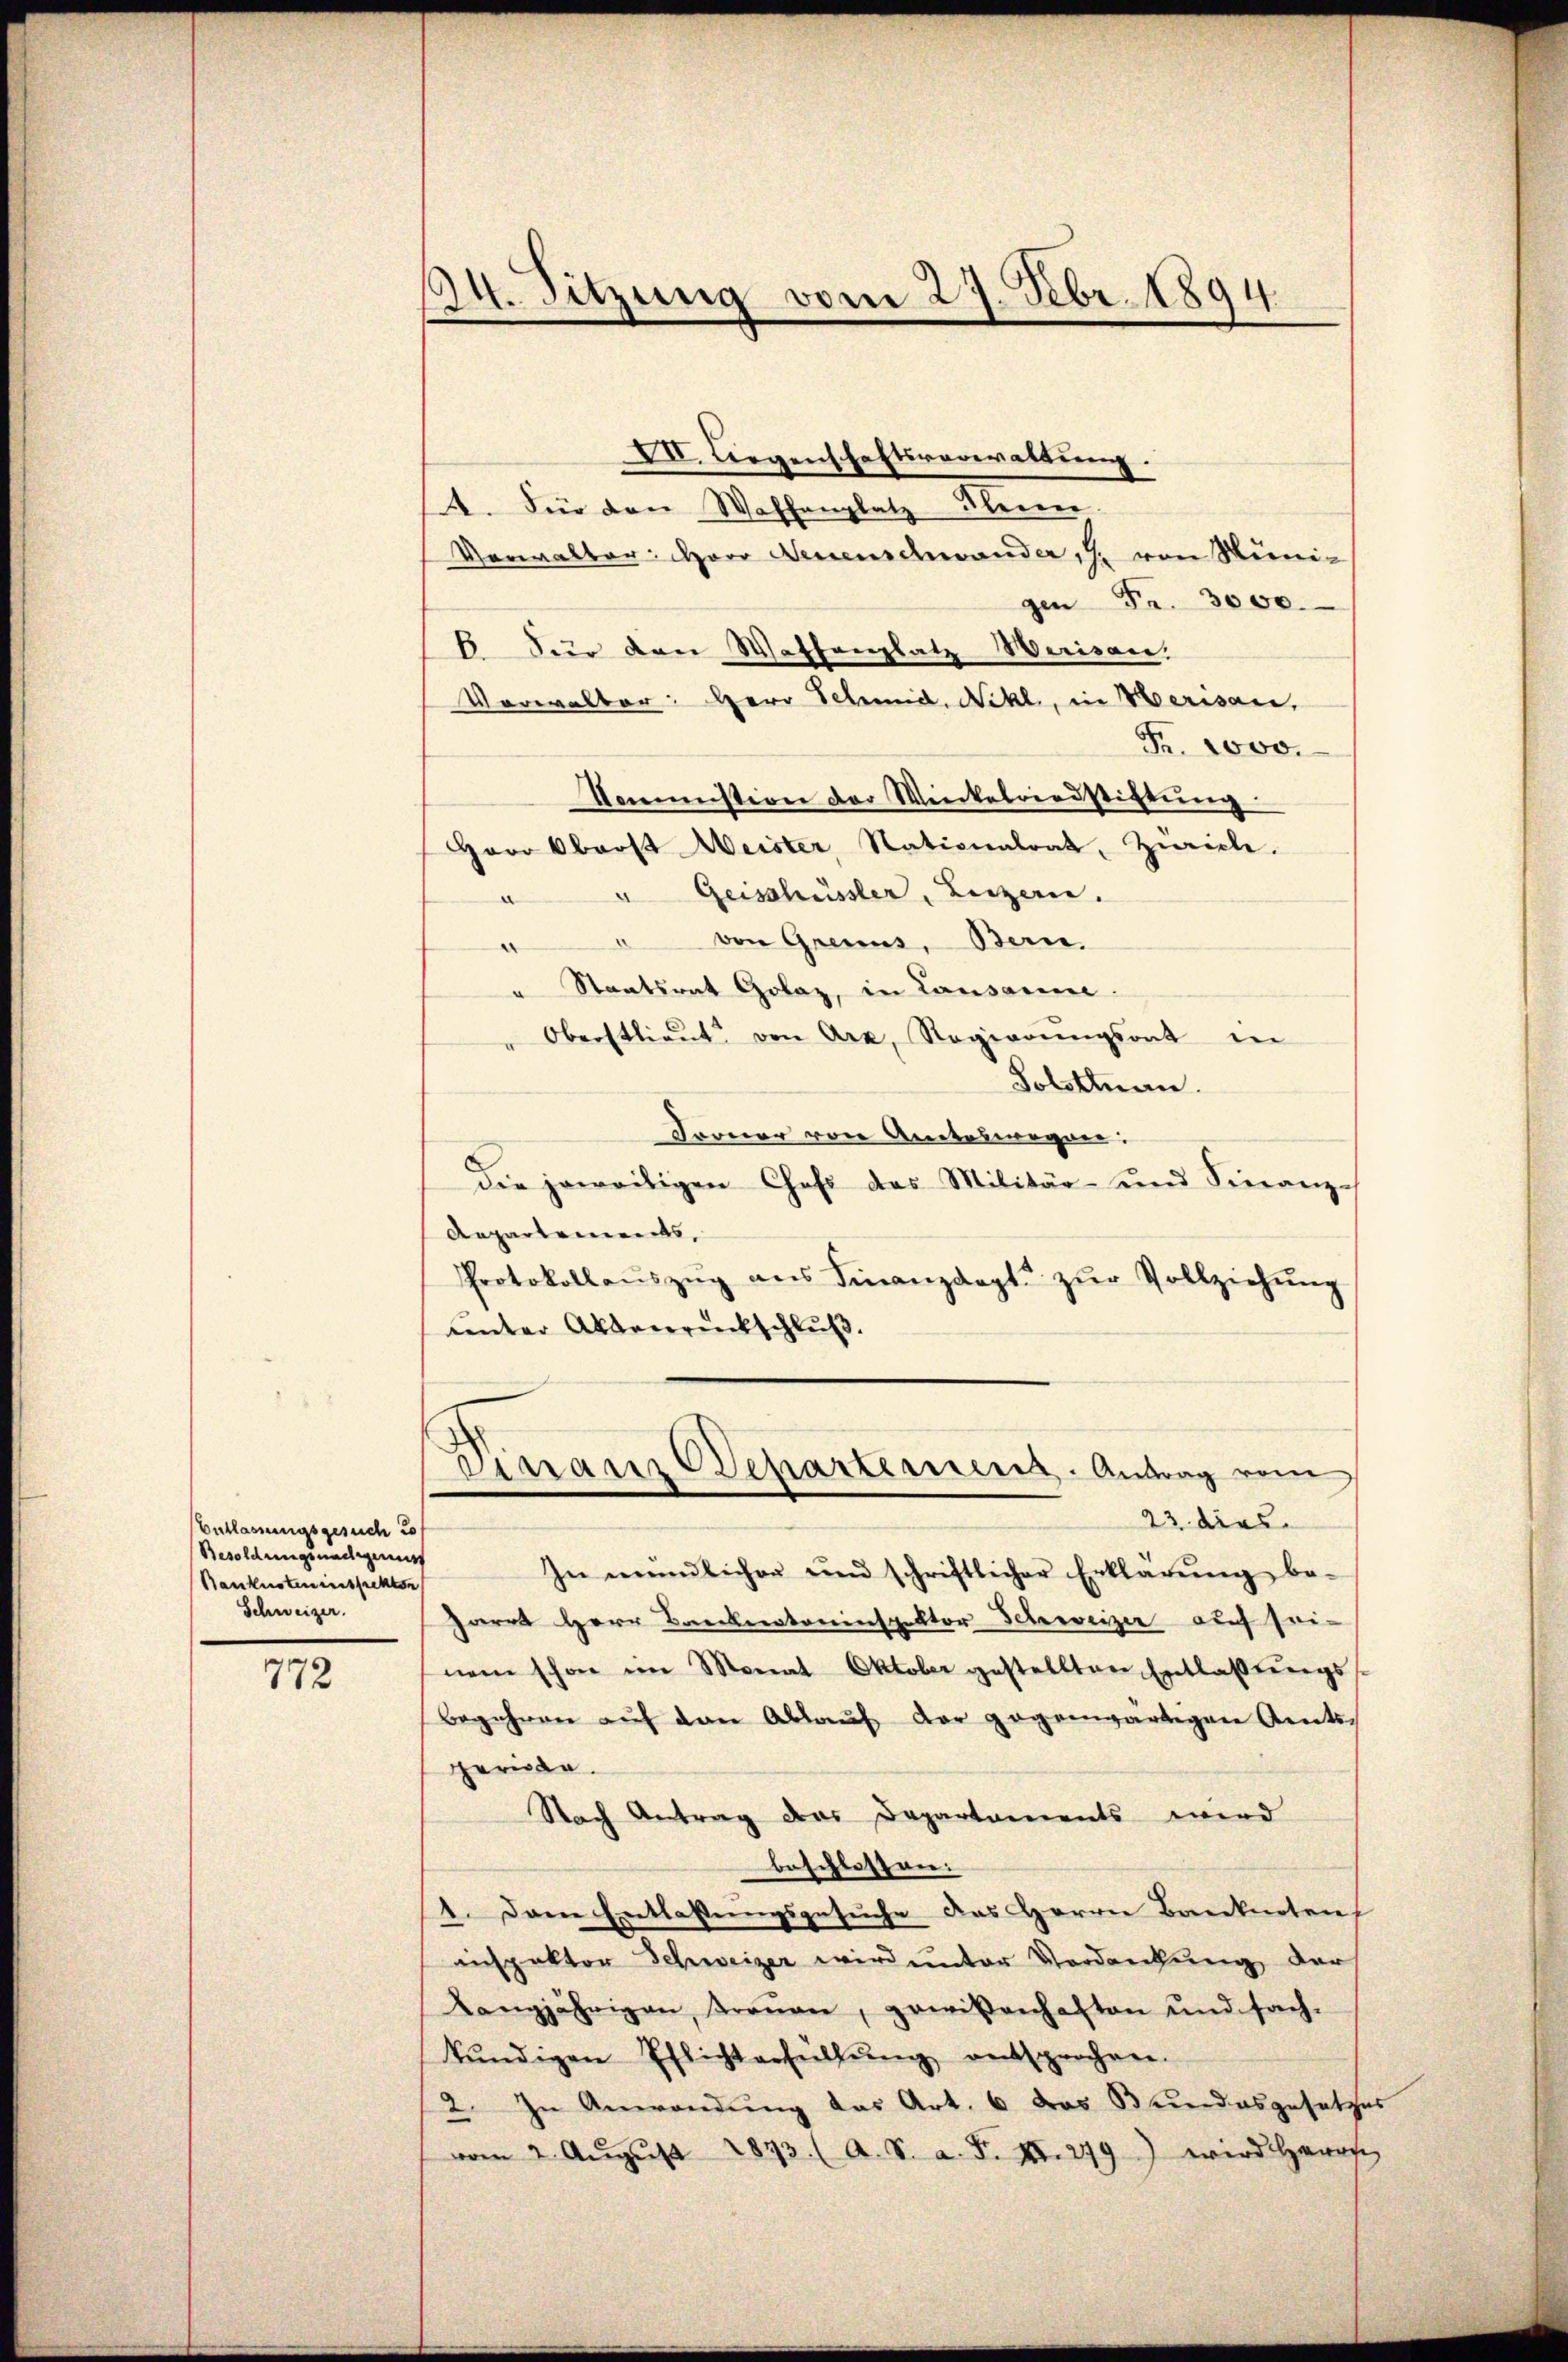
Entlassungsgesuch i
Besoldungsnadienst
Banknoteninspekton
Schweizer.

772

24. Sitzung vom 27. Febr. 1894.

XII. Liegenschaftsverwaltŭng.
A. Für den Waffenplatz Klein.
Verwalter: Herr Denenschwander, 7. von Seinigen Fr. 3000.
6 Für den Waffenplatz Werisau.
Vorwalter: Herr Schmid. Nikl., in Merisau,
Fr. 1000.
Kommission der Winkelriedstiftŭng
Herr Oberst Weister Stationalrat, Zürich.
u Geschüssler, Luzern.
a
 von Grenus, Bern.
" Staatsrat Golaz, in Lausanne.
" Oberstlieŭt von Arx, Regierŭngsont in
Solstan
Froner von Ansteswegner.
die jeweiligen Chefs des Militär- und Finanz-
Aepartements,
Protokollaŭszŭg aŭs Finanzdept. zŭr Vollziehŭng
unter Aktenrückschluß.
Finanz Departement. Antrag vom
23 dies
In mündlicher und schriftlicher Erklärŭng be-
Zarrt Herr Banknotoninspektor Schweizer auf sei-
nem schon im Monat Oktober gestellten Entlassŭngs-
Begehren auf den Ablaŭf der gegenwärtigen Amtsperiode.
Nach Antrag des Departaments wird
beschlossen:
1. Dem Entlassungsgesuche das Herrn Banknoten
inspektor Schweizer wird unter Verdankung der
Langjährigen troṅen, gewißenhaften und sach-
kŭndigen Pflichterfüllŭng entsprochen.
2. In Anwendŭng das Art. 6 das Bundesgesetzes
vom 2. Aŭgŭst 1893. (A. S. a. F. II. 279) wird Herrs